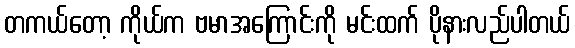
တကယ်တော့ ကိုယ်က ဗမာအကြောင်းကို မင်းထက် ပိုနားလည်ပါတယ်